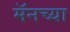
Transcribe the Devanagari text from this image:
मॅनच्या